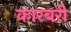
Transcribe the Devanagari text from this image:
कारबरी